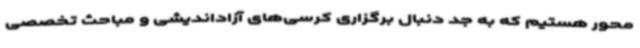
محور هستیم که به جد دنبال برگزاری کرسی‌های آزاداندیشی و مباحث تخصصی